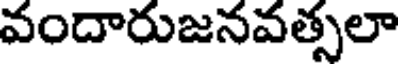
వందారుజనవత్సలా